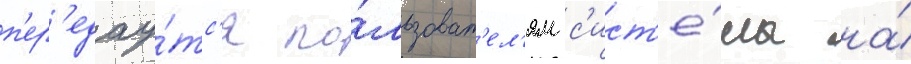
п'ер'едау́тс'я по́льзоват'ел'ям с'ист'е́мы на́